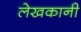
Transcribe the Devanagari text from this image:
लेखकानी